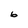
Character: 6